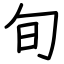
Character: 旬